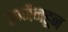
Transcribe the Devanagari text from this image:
उज्जैनहून